Vital statistics of India. Vol. VI, European troops 1870-79
Year: 1870
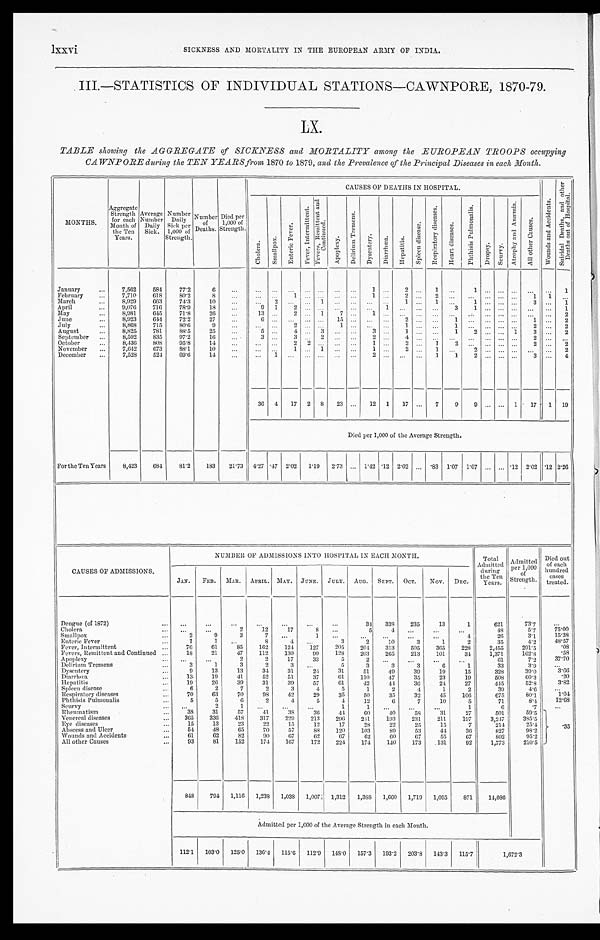
l x x v i
SICKNESS AND MORTALITY IN THE EUROPEAN ARMY OF INDIA.
III.—STATISTICS OF INDIVIDUAL STATIONS—CAWNPORE, 1870-79.
LX.
TABLE showing the AGGREGATE of SICKNESS and MORTALITY among the EUROPEAN TROOPS occupying
CAWNPORE during the TEN YEARS from 1870 to 1879, and the Prevalence of the Principal Diseases in each Month.
MONTHS.
Aggregate
Strength
for each
Month of
the Ten
Years.
Average
Number
Daily
Sick.
Number
Daily
Sick per
1,000 of
Strength.
Number
of
Deaths.
Died per
1,000 of
Strength.
CAUSES OF DEATHS IN HOSPITAL.
W o u n d s a n d A c c i d e n t s .
S u i c i d a l D e a t h s , a n d o t h e r
D e a t h s o u t o f H o s p i t a l .
C h o l e r a .
S m a l l p o x .
E n t e r i c F e v e r .
F e v e r , I n t e r m i t t e n t .
F e v e r s , R e m i t t e n t a n d
C o n t i n u e d .
A p o p l e x y .
D e l i r i u m T r e m e n s .
D y s e n t e r y .
D i a r r h œ a . H e p a t i t i s .
S p l e e n d i s e a s e .
R e s p i r a t o r y d i s e a s e s .
H e a r t d i s e a s e s .
P h t h i s i s P u l m o n a l i s .
D r o p s y .
S c u r v y .
A t r o p h y a n d A n æ m i a .
A l l o t h e r C a u s e s .
January
...
7,562
584
77.2
6
. . .
... ...
. . .
. . . . . .
. . .
. . . 1 . . .
2
. . .
1 . . .
1
. . . . . . . . . . . .
. . . 1
February . . .
7,710
618
80.2
8 . . .
... . . . 1
... . . .
... . . .
1 ...
2 . . .
2 . . . . . .
. . . . . . . . .
1 1 . . .
March
...
8,929
663
74. 3
10 . . .
. . . 2 . . .
. . .
1
. . . . . . . . .
. . .
1
...
1 . . .
1
... ... . . .
3 ... 1
April
...
9,076
716
78.9
18 . . .
9 1 2
. . . . . .
... ... . . .
1 . . .
... ...
3
1 ... . . . . . . . . .
. . . 1
May
. . .
8,981
645
71.8
26
...
13 ...
2 . . .
1
7 . . .
1 ... . . . . . .
... ... . . .
. . . . . . . . . . . .
. . . 2
June
...
8,923
644
72.2
27
... 6
. . . . . .
... ... 1 5
. . . . . . . . .
2
... . . .
1 . . .
. . .
... ...
1 ... 2
July
...
8, 868
715
80. 6
9
... . . .
. . .
2 ... ... 1
. . . . . . . . .
1 . . . . . .
1 ... ... ... ...
2 ... 2
August
. . .
8,825
781
88.5
25 . . .
5 . . .
4 . . .
3 . . .
. . .
3 . . .
1 ... . . .
1
2 . . . . . .
1
3 . . .
2
September ...
8,592
835
97.2
16
. . . 3
. . . 3
. . . 2 . . .
. . . 2 . . .
4 . . .
... ... ... ... ... ...
2 . . .
. . .
October
...
8, 436
808
95.8
14
...
... . . .
2 2 ... . . .
...
1 . . .
2 ...
1 2 . . .
. . .
... ...
2 ... 2
November ...
7,642
673
88.1
10
... . . .
... 1
. . . 1 . . .
. . .
1 ... 2 . . . 1
. . .
2 . . . . . . . . . . . .
. . .
2
December ...
7,528
524
69.6
14
...
. . .
1 ... ...
. . . . . .
. . .
2
. . .
. . . . . .
1
1
2
. . . . . .
. . .
3 ... 4
36 4 17 2 8 23 ... 12 1 17 ... 7
9
9 ... ... 1 17 1 19
Died per 1,000 of the Average Strength.
For the Ten Years
8,423
684
81.2
183 21.73 4.27 . 4 7 2.02 1.19 2.73 . . . 1.42 .12 2.02 ... .83 1.07 1.07 ... ... .12 2.02 .12 2 . 2 6
CAUSES OF ADMISSIONS.
NUMBER OF ADMISSIONS INTO HOSPITAL IN EACH MONTH.
Total
Admitted
during
the Ten
Y e a r s .
Admitted
p e r 1 , 0 0 0
of
Strength.
Died out
of each
hundred
cases
treated.
JAN. FEB. MAR. APRIL. MAY. JUNE. JULY. AUG. SEPT. OCT. NOV.
DEC.
Dengue (of 1872)
. . .
...
...
...
...
...
...
...
34 333
235
13
1
621
73.7
...
Cholera
. . .
...
...
2
12
17
8 ...
5 4
. . .
...
...
48
5.7
75.00
Smallpox
. . .
2
9
3
7 ...
1 ...
...
...
...
...
4
26
3.1
15.38
Enteric Fever
. . .
1
1
. . .
8 4
. . .
3
2
10
3
1
2
35
4.2
48.57
Fever, Intermittent
. . .
76
61
85
162
124
127
205
204
313
505
365
228
2,455
291.5
.08
Fevers, Remittent and Continued . . .
18
21
47
112
130
99
128
203
265
213
101
34
1,371
162.8
.58
Apoplexy
... ...
...
2
2
17
33
5 2
. . .
...
... . . .
61
7.2
37.70
Delirium Tremens
...
3
1
3
2
3 . . .
5
3
3
3
6
1
33
3.9
. . .
Dysentery
...
9
13
13
34
31
2 4
31
51
49
39
19
15
328
39.0
3.66
Diarrhœa
...
1 3
19
41
52
51
37
61
110
47
35
23
19
508
60.3
.20
Hepatitis
...
19
26
39
31
39
57
61
42
44
36
24
27
445
52.8
3.82
Spleen disease
...
6
2
7
2
3
4
5
1
2
4
1
2
39
4. 6
. . .
Respiratory diseases
...
70
63
70
9 8
42
29
35
50
35
32
45
106
675
80.1
1.04
Phthisis Pulmonalis
. . .
5
5
6
2
4
5
4
12
6
7
10
5
71
8. 4
12.68
Scurvy
... ...
2
1 ...
...
...
1
1 ...
...
...
1
6
.7
. . .
Rheumatism
...
38
31
57
41
38
36
44
60
40
58
31
27
501
59.5
.35
Venereal diseases
...
365
336
418
317
229
213
296
241
193
231
211
197
3, 247
3 8 5 . 5
Eye diseases
. . .
15
13
23
22
15
12
17
28
22
2 5
15
7
214
25.4
Abscess and Ulcer
. . .
54
48
65
70
57
88
120
103
89
53
44
36
827
98.2
Wounds and Accidents
...
61
62
82
90
67
62
67
62
6 0
67
55
67
802
95.2
All other Causes
...
93
81
152
174
167
172
224
174
140
173
131
92
1,773
210.5
848
794 1,116 1,238 1,038 1,007 1,312 1,388 1,660 1,719 1,095
871
1 4 , 0 8 6
Admitted per 1,000 of the Average Strength in each Month.
112.1 103.0 125.0
136.4
115.6 112.9 148.0 157.3 193.2 203.8 143.3 115.7
1,672.3